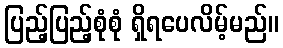
ပြည့်ပြည့်စုံစုံ ရှိရပေလိမ့်မည်။